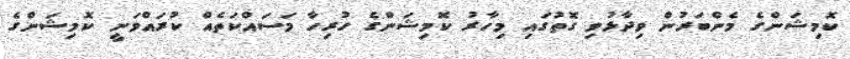
ކޮމިޝަންގެ މެންބަރުން ވިދާޅުވި ގޮތުގައި މިހާރު ކޮމިޝަންގެ ހުރިހާ މަސައްކަތެއް ކުރައްވަނީ ކޮމިޝަންގެ